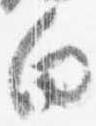
向